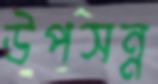
উপসন্ন